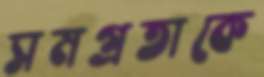
সমগ্রতাকে